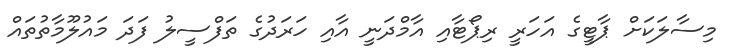
މިސާލަކަށް ޕާޓީގެ އަހަރީ ރިޕޯޓާއި އާމްދަނީ އާއި ހަރަދުގެ ތަފްސީލު ފަދަ މައުލޫމާތުތައް